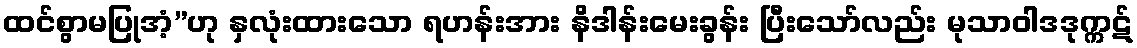
ထင်စွာမပြုအံ့”ဟု နှလုံးထားသော ရဟန်းအား နိဒါန်းမေးခွန်း ပြီးသော်လည်း မုသာဝါဒဒုက္ကဋ်